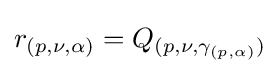
r_{(p,\nu ,\alpha )}=Q_{(p,\nu ,\gamma _{(p,\alpha )})}